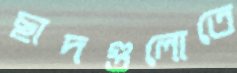
ছাদগুলোতে